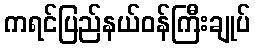
ကရင်ပြည်နယ်ဝန်ကြီးချုပ်